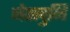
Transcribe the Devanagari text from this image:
नेसवुनि